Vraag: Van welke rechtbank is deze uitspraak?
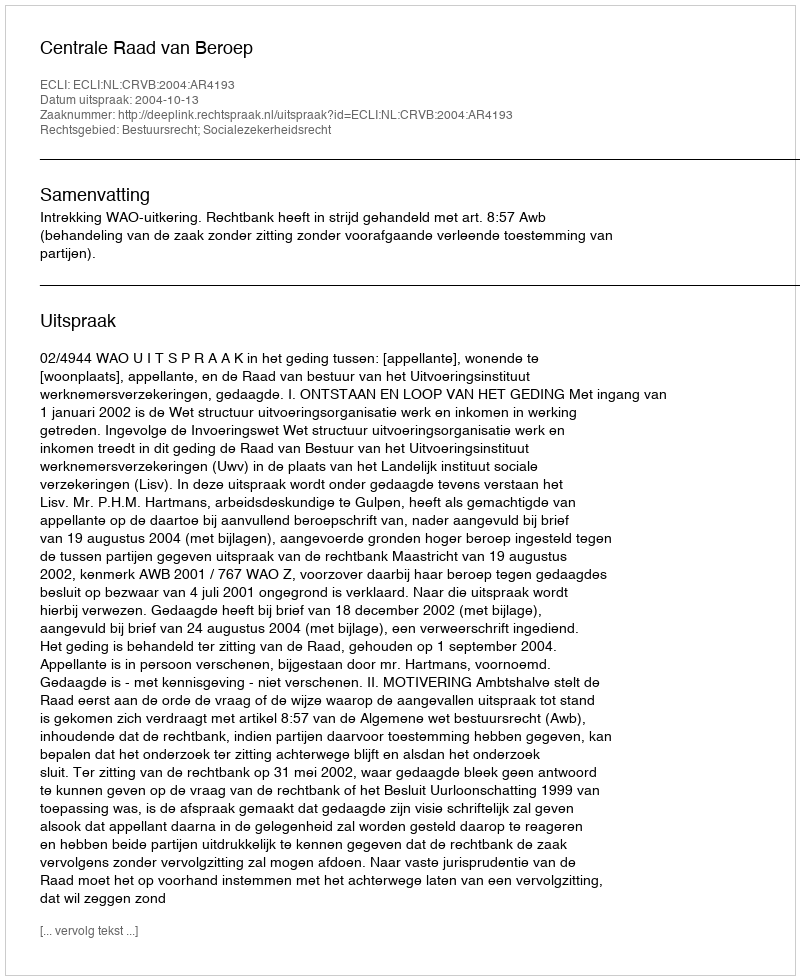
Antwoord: Centrale Raad van Beroep